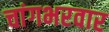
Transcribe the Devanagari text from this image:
चांगभरवार